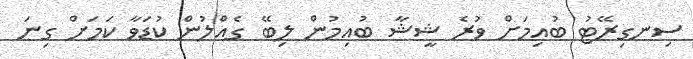
ސިނގިރޭޓު ބުއިމަށް ވުރެ ޝީޝާ ބުއިމުން ލިބޭ ގެއްލުން ކުޑަވާ ކަމަށް ގިނަ